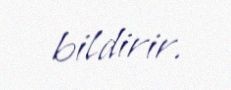
bildirir.